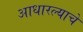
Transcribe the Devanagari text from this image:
आधारल्याचे